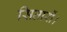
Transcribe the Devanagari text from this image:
सितारों।